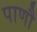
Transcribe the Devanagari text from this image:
पाणौ